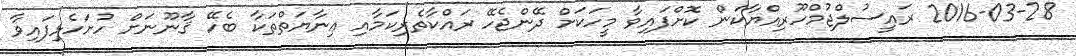
2016-03-28 ރައީސުލްޖުމްހޫރިއްޔާކަން ކޮށްފައިވާ މީހަކަށް ދޭންޖެހޭ ރައްކާތެރިކަމާއި ޢިނާޔަތްތަކާ ބެހޭ ޤާނޫނަށް ހުށަހެޅިފައިވާ